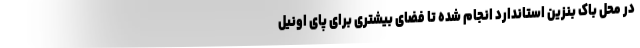
در محل باک بنزین استاندارد انجام شده تا فضای بیشتری برای پای اونیل